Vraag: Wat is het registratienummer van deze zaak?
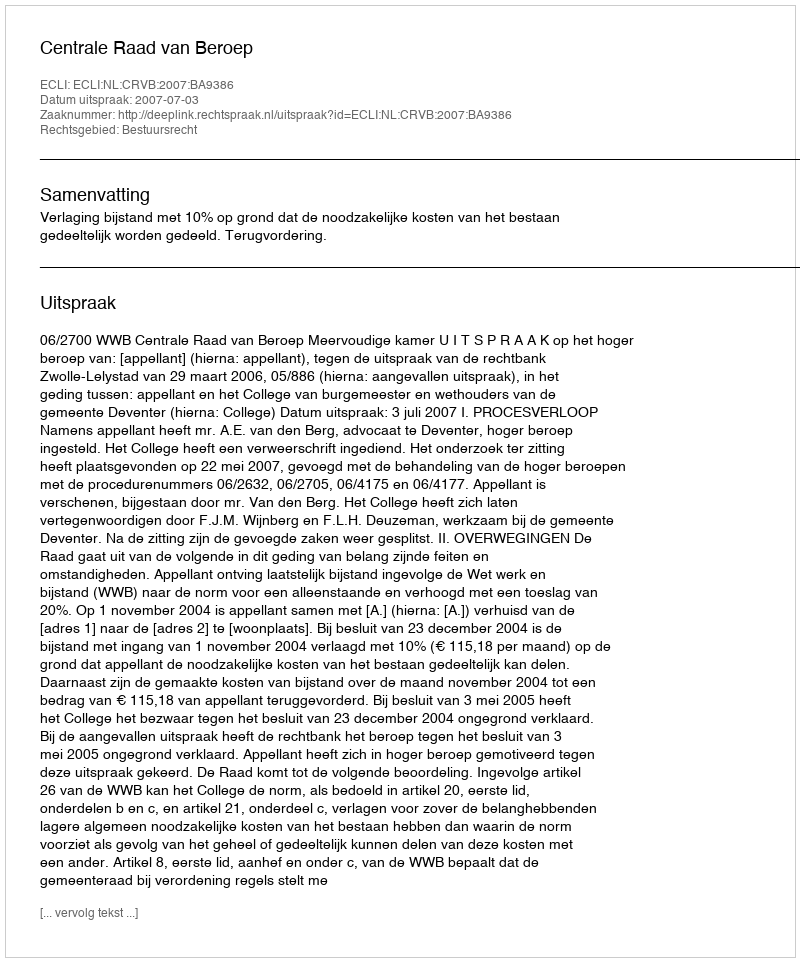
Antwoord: http://deeplink.rechtspraak.nl/uitspraak?id=ECLI:NL:CRVB:2007:BA9386